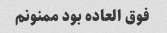
فوق العاده بود ممنونم